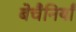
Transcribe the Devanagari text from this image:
बेचैनियाँ